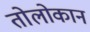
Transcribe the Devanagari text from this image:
तोलोकान